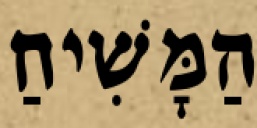
הַמָּשִׁיחַ